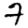
Digit: 7